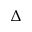
\Delta